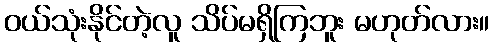
ဝယ်သုံးနိုင်တဲ့လူ သိပ်မရှိကြဘူး မဟုတ်လား။